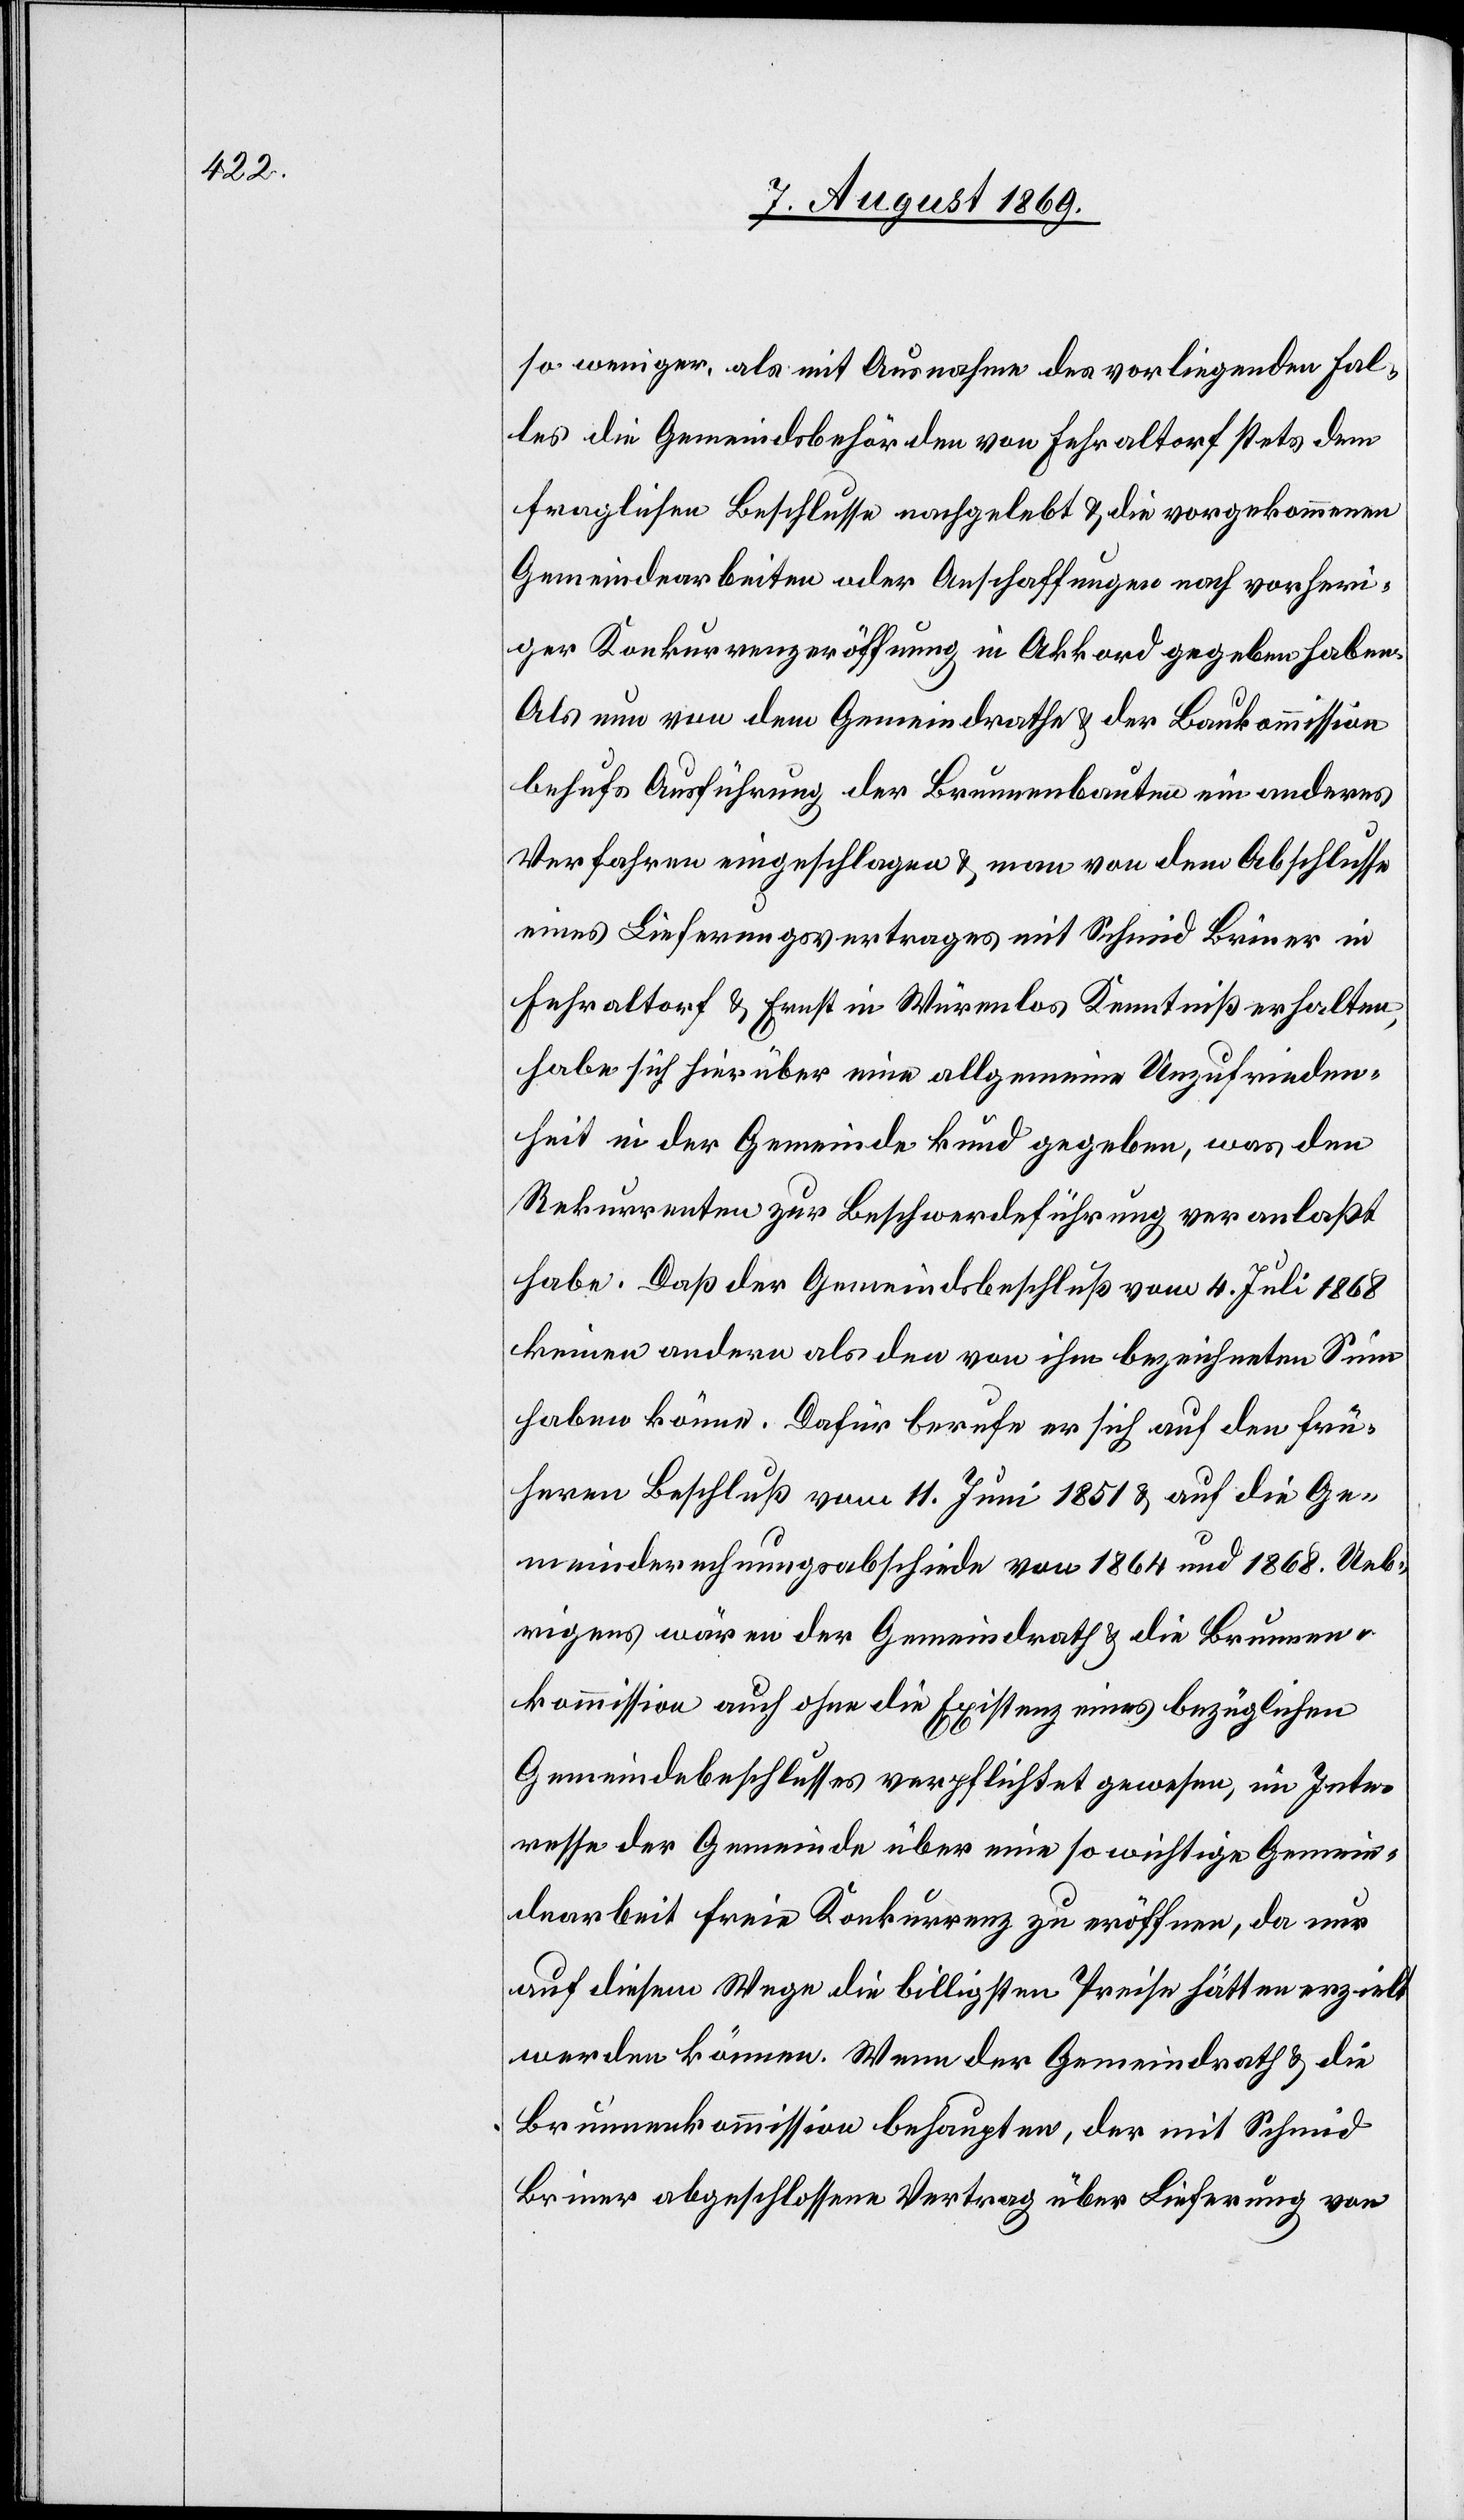
so weniger, als mit Ausnahme des vorliegenden Fal¬
les die Gemeindsbehörden von Fehraltorf stets dem
fraglichen Beschlusse nachgelebt & die vorgekommenen
Gemeindearbeiten oder Anschaffungen nach vorheri¬
ger Konkurrenzeröffnung in Akkord gegeben haben.
Als nun von dem Gemeindrathe & der Baukommission
behufs Ausführung der Brunnenbauten ein anderes
Verfahren eingeschlagen & man von dem Abschlusse
eines Lieferungsvertrages mit Schmid Briner in
Fehraltorf & Ernst in Würenlos Kenntniß erhalten,
habe sich hierüber eine allgemeine Unzufrieden¬
heit in der Gemeinde kund gegeben, was den
Rekurrenten zur Beschwerdeführung veranlaßt
habe, daß der Gemeindsbeschluß vom 4. Juli 1868
keinen andern als den von ihm bezeichneten Sinn
haben könne. Dafür berufe er sich auf den frü¬
hern Beschluß vom 11. Juni 1851 & auf die Ge¬
meinderechnungsabschiede von 1864 und 1868. Ueb¬
rigens wären der Gemeindrath & die Brunnen¬
kommission auch ohne die Existenz eines bezüglichen
Gemeindebeschlusses verpflichtet gewesen, im Inte¬
resse der Gemeinde über eine so wichtige Gemein¬
dearbeit freie Konkurrenz zu eröffnen, da nur
auf diesem Wege die billigsten Preise hätten erzielt
werden können. Wenn der Gemeindrath & die
Brunnenkommission behaupten, der mit Schmid
Briner abgeschlossene Vertrag über Lieferung von